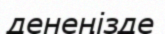
денеңізде